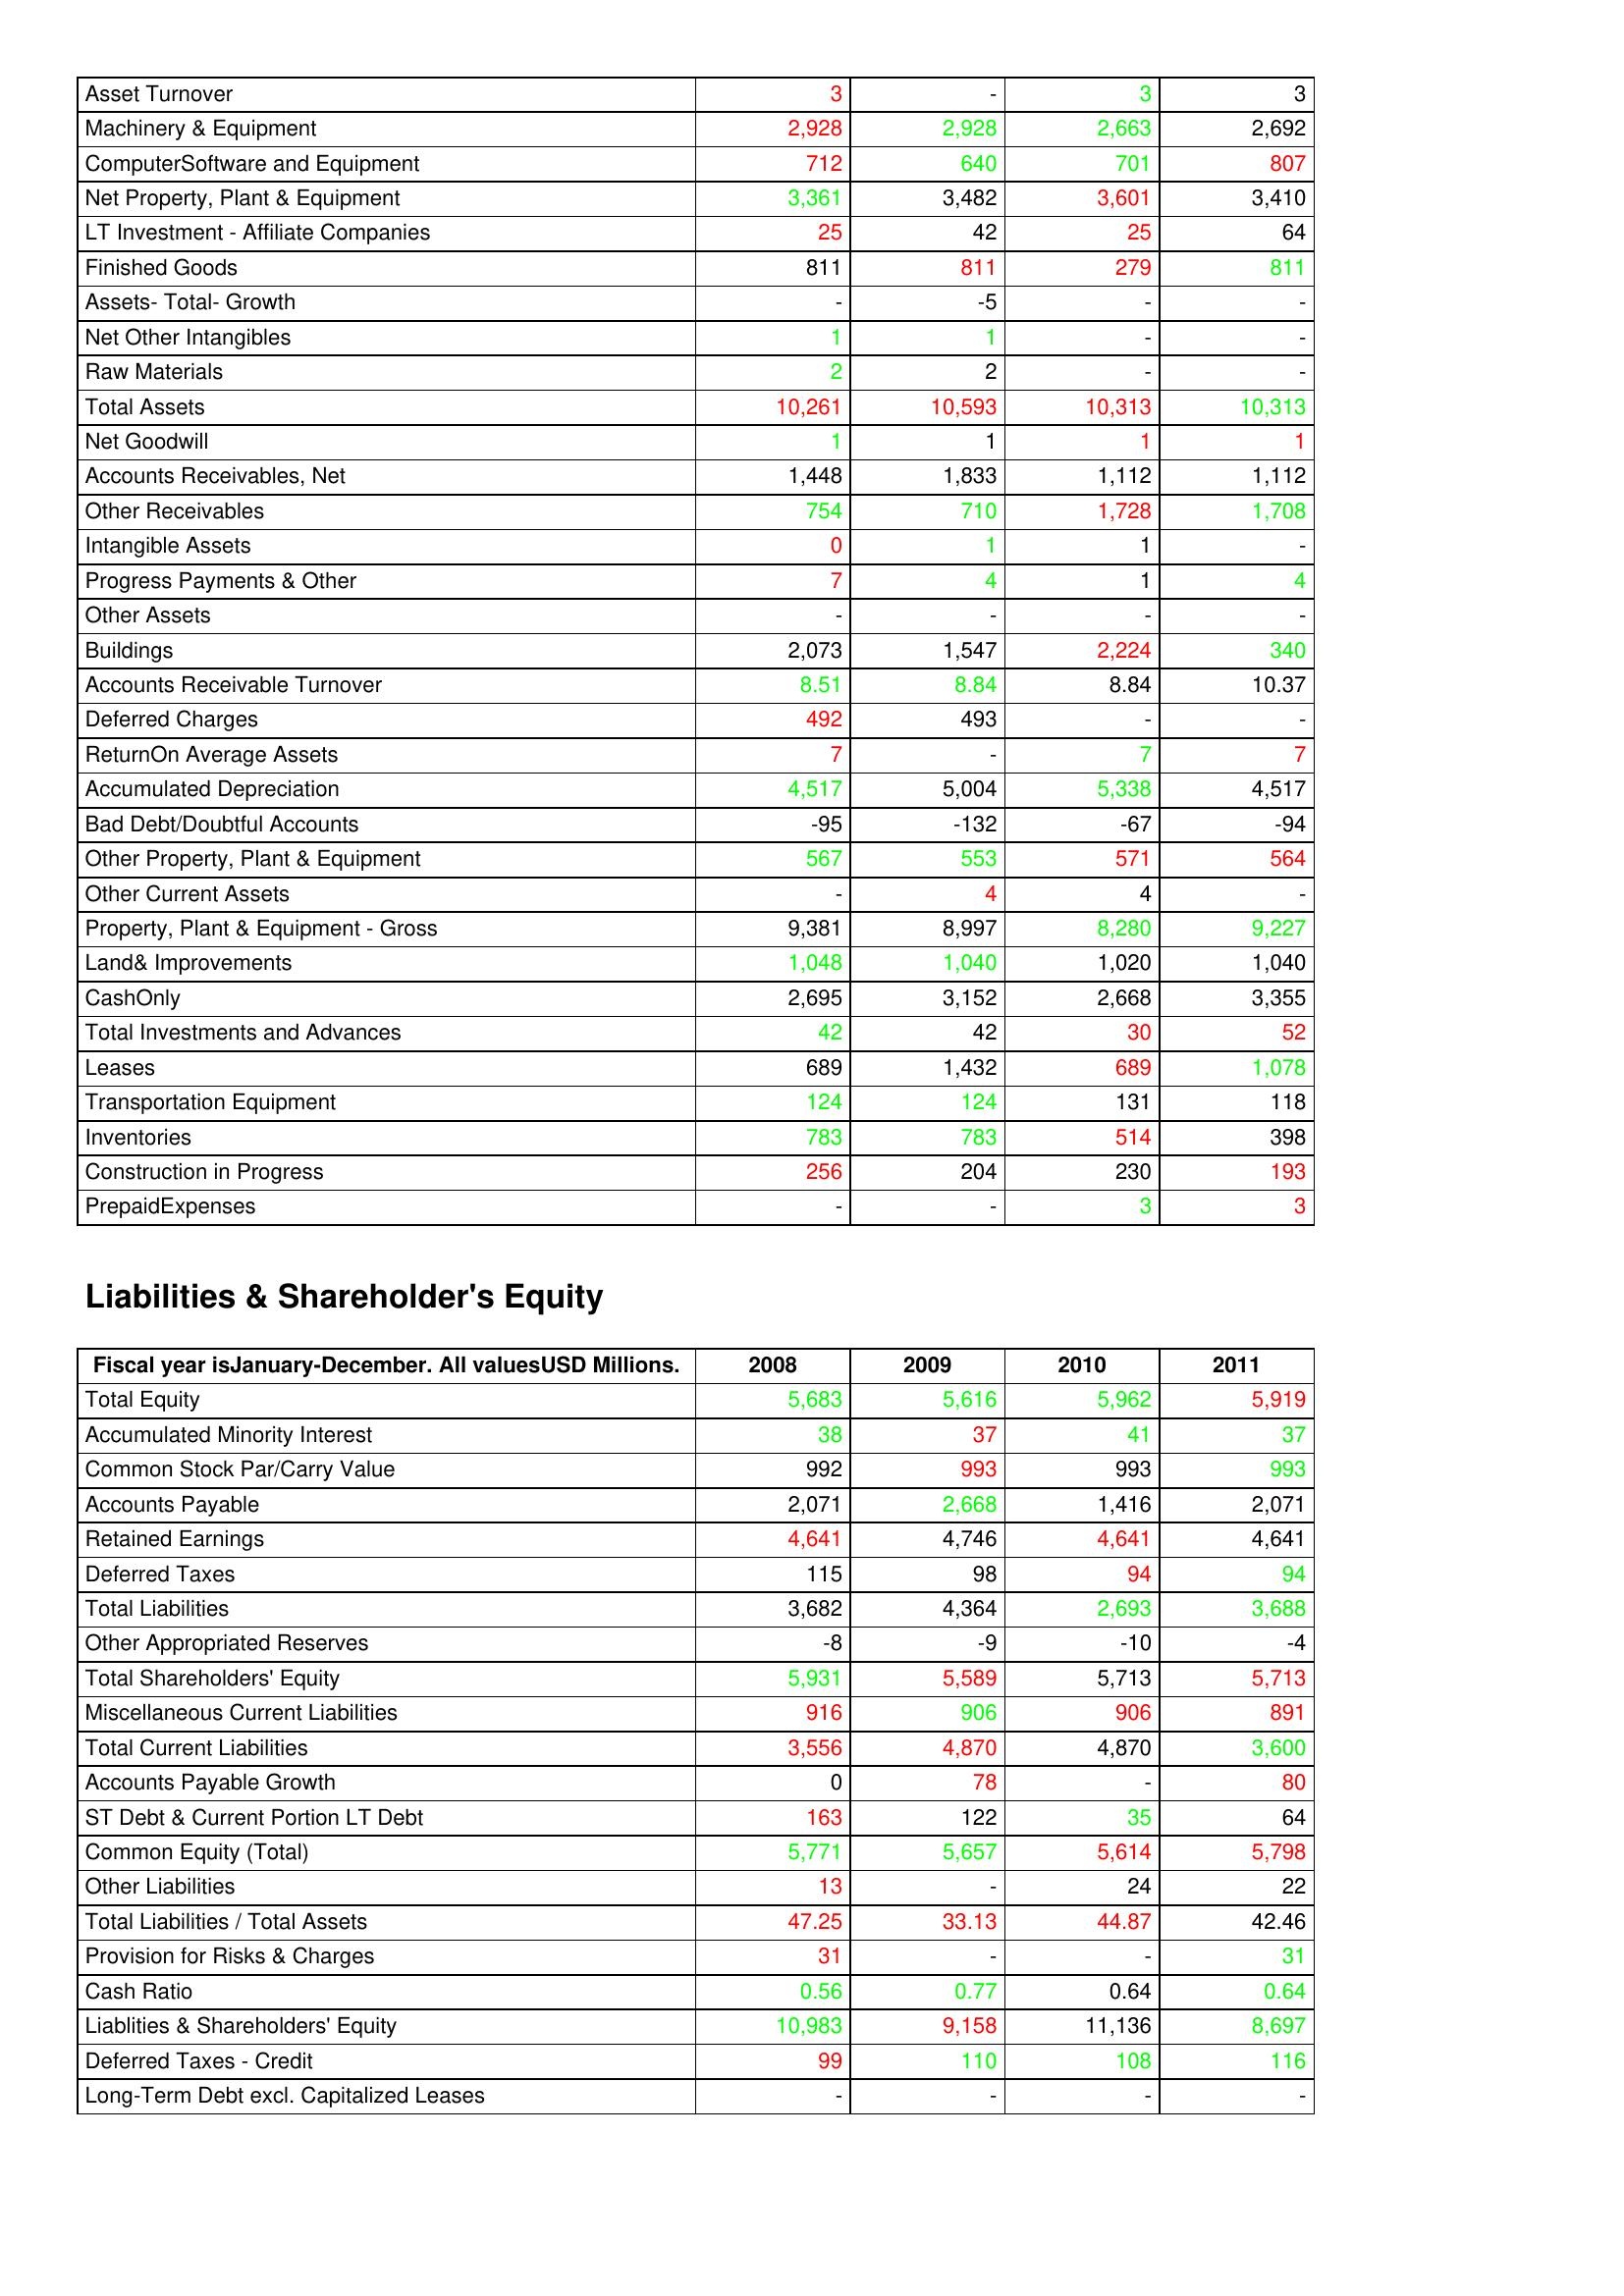
gt_parse: 2008: Assets: Asset Turnover: 3
Machinery & Equipment: 2,928
ComputerSoftware and Equipment: 712
Net Property, Plant & Equipment: 3,361
LT Investment - Affiliate Companies: 25
Finished Goods: 811
Assets- Total- Growth: -
Net Other Intangibles: 1
Raw Materials: 2
Total Assets: 10,261
Net Goodwill: 1
Accounts Receivables, Net: 1,448
Other Receivables: 754
Intangible Assets: 0
Progress Payments & Other: 7
Other Assets: -
Buildings: 2,073
Accounts Receivable Turnover: 8.51
Deferred Charges: 492
ReturnOn Average Assets: 7
Accumulated Depreciation: 4,517
Bad Debt/Doubtful Accounts: -95
Other Property, Plant & Equipment: 567
Other Current Assets: -
Property, Plant & Equipment - Gross : 9,381
Land& Improvements: 1,048
CashOnly: 2,695
Total Investments and Advances: 42
Leases: 689
Transportation Equipment: 124
Inventories: 783
Construction in Progress: 256
PrepaidExpenses: -
Liabilities & Shareholder's Equity: Total Equity: 5,683
Accumulated Minority Interest: 38
Common Stock Par/Carry Value: 992
Accounts Payable: 2,071
Retained Earnings: 4,641
Deferred Taxes: 115
Total Liabilities: 3,682
Other Appropriated Reserves: -8
Total Shareholders' Equity: 5,931
Miscellaneous Current Liabilities: 916
Total Current Liabilities: 3,556
Accounts Payable Growth: 0
ST Debt & Current Portion LT Debt: 163
Common Equity (Total): 5,771
Other Liabilities: 13
Total Liabilities / Total Assets: 47.25
Provision for Risks & Charges: 31
Cash Ratio: 0.56
Liablities & Shareholders' Equity: 10,983
Deferred Taxes - Credit: 99
Long-Term Debt excl. Capitalized Leases: -
2009: Assets: Asset Turnover: -
Machinery & Equipment: 2,928
ComputerSoftware and Equipment: 640
Net Property, Plant & Equipment: 3,482
LT Investment - Affiliate Companies: 42
Finished Goods: 811
Assets- Total- Growth: -5
Net Other Intangibles: 1
Raw Materials: 2
Total Assets: 10,593
Net Goodwill: 1
Accounts Receivables, Net: 1,833
Other Receivables: 710
Intangible Assets: 1
Progress Payments & Other: 4
Other Assets: -
Buildings: 1,547
Accounts Receivable Turnover: 8.84
Deferred Charges: 493
ReturnOn Average Assets: -
Accumulated Depreciation: 5,004
Bad Debt/Doubtful Accounts: -132
Other Property, Plant & Equipment: 553
Other Current Assets: 4
Property, Plant & Equipment - Gross : 8,997
Land& Improvements: 1,040
CashOnly: 3,152
Total Investments and Advances: 42
Leases: 1,432
Transportation Equipment: 124
Inventories: 783
Construction in Progress: 204
PrepaidExpenses: -
Liabilities & Shareholder's Equity: Total Equity: 5,616
Accumulated Minority Interest: 37
Common Stock Par/Carry Value: 993
Accounts Payable: 2,668
Retained Earnings: 4,746
Deferred Taxes: 98
Total Liabilities: 4,364
Other Appropriated Reserves: -9
Total Shareholders' Equity: 5,589
Miscellaneous Current Liabilities: 906
Total Current Liabilities: 4,870
Accounts Payable Growth: 78
ST Debt & Current Portion LT Debt: 122
Common Equity (Total): 5,657
Other Liabilities: -
Total Liabilities / Total Assets: 33.13
Provision for Risks & Charges: -
Cash Ratio: 0.77
Liablities & Shareholders' Equity: 9,158
Deferred Taxes - Credit: 110
Long-Term Debt excl. Capitalized Leases: -
2010: Assets: Asset Turnover: 3
Machinery & Equipment: 2,663
ComputerSoftware and Equipment: 701
Net Property, Plant & Equipment: 3,601
LT Investment - Affiliate Companies: 25
Finished Goods: 279
Assets- Total- Growth: -
Net Other Intangibles: -
Raw Materials: -
Total Assets: 10,313
Net Goodwill: 1
Accounts Receivables, Net: 1,112
Other Receivables: 1,728
Intangible Assets: 1
Progress Payments & Other: 1
Other Assets: -
Buildings: 2,224
Accounts Receivable Turnover: 8.84
Deferred Charges: -
ReturnOn Average Assets: 7
Accumulated Depreciation: 5,338
Bad Debt/Doubtful Accounts: -67
Other Property, Plant & Equipment: 571
Other Current Assets: 4
Property, Plant & Equipment - Gross : 8,280
Land& Improvements: 1,020
CashOnly: 2,668
Total Investments and Advances: 30
Leases: 689
Transportation Equipment: 131
Inventories: 514
Construction in Progress: 230
PrepaidExpenses: 3
Liabilities & Shareholder's Equity: Total Equity: 5,962
Accumulated Minority Interest: 41
Common Stock Par/Carry Value: 993
Accounts Payable: 1,416
Retained Earnings: 4,641
Deferred Taxes: 94
Total Liabilities: 2,693
Other Appropriated Reserves: -10
Total Shareholders' Equity: 5,713
Miscellaneous Current Liabilities: 906
Total Current Liabilities: 4,870
Accounts Payable Growth: -
ST Debt & Current Portion LT Debt: 35
Common Equity (Total): 5,614
Other Liabilities: 24
Total Liabilities / Total Assets: 44.87
Provision for Risks & Charges: -
Cash Ratio: 0.64
Liablities & Shareholders' Equity: 11,136
Deferred Taxes - Credit: 108
Long-Term Debt excl. Capitalized Leases: -
2011: Assets: Asset Turnover: 3
Machinery & Equipment: 2,692
ComputerSoftware and Equipment: 807
Net Property, Plant & Equipment: 3,410
LT Investment - Affiliate Companies: 64
Finished Goods: 811
Assets- Total- Growth: -
Net Other Intangibles: -
Raw Materials: -
Total Assets: 10,313
Net Goodwill: 1
Accounts Receivables, Net: 1,112
Other Receivables: 1,708
Intangible Assets: -
Progress Payments & Other: 4
Other Assets: -
Buildings: 340
Accounts Receivable Turnover: 10.37
Deferred Charges: -
ReturnOn Average Assets: 7
Accumulated Depreciation: 4,517
Bad Debt/Doubtful Accounts: -94
Other Property, Plant & Equipment: 564
Other Current Assets: -
Property, Plant & Equipment - Gross : 9,227
Land& Improvements: 1,040
CashOnly: 3,355
Total Investments and Advances: 52
Leases: 1,078
Transportation Equipment: 118
Inventories: 398
Construction in Progress: 193
PrepaidExpenses: 3
Liabilities & Shareholder's Equity: Total Equity: 5,919
Accumulated Minority Interest: 37
Common Stock Par/Carry Value: 993
Accounts Payable: 2,071
Retained Earnings: 4,641
Deferred Taxes: 94
Total Liabilities: 3,688
Other Appropriated Reserves: -4
Total Shareholders' Equity: 5,713
Miscellaneous Current Liabilities: 891
Total Current Liabilities: 3,600
Accounts Payable Growth: 80
ST Debt & Current Portion LT Debt: 64
Common Equity (Total): 5,798
Other Liabilities: 22
Total Liabilities / Total Assets: 42.46
Provision for Risks & Charges: 31
Cash Ratio: 0.64
Liablities & Shareholders' Equity: 8,697
Deferred Taxes - Credit: 116
Long-Term Debt excl. Capitalized Leases: -